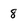
Character: 8